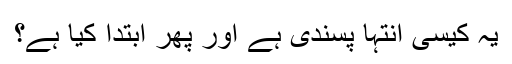
یہ کیسی انتہا پسندی ہے اور پھر ابتدا کیا ہے؟